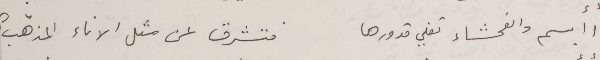
أأبسم والفحشاء تغلي قدورها                        فتشرق عن مثل الاناء المذهّب ؟